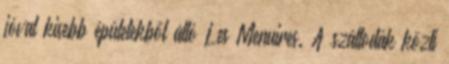
jóval kisebb épületekből álló Les Menuires. A szállodák közti